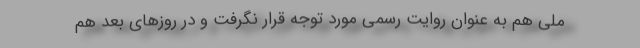
ملی هم به عنوان روایت رسمی مورد توجه قرار نگرفت و در روزهای بعد هم